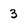
Character: 3